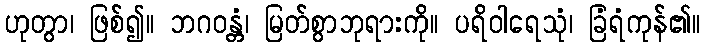
ဟုတွာ၊ ဖြစ်၍။ ဘဂဝန္တံ၊ မြတ်စွာဘုရားကို။ ပရိဝါရေသုံ၊ ခြံရံကုန်၏။